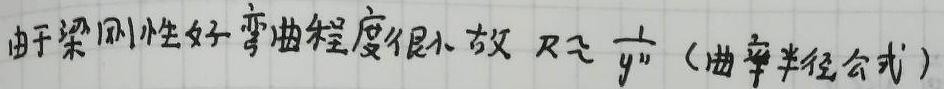
由于梁刚性好弯曲程度很小故$R\approx \frac{1}{y''}$（曲率半径公式）